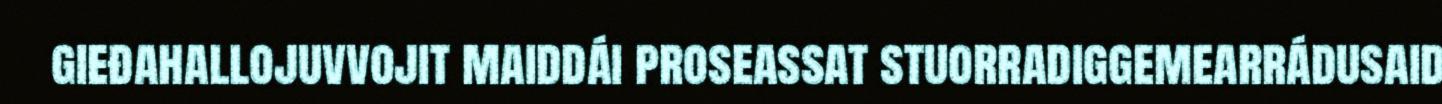
gieđahallojuvvojit maiddái proseassat stuorradiggemearrádusaid